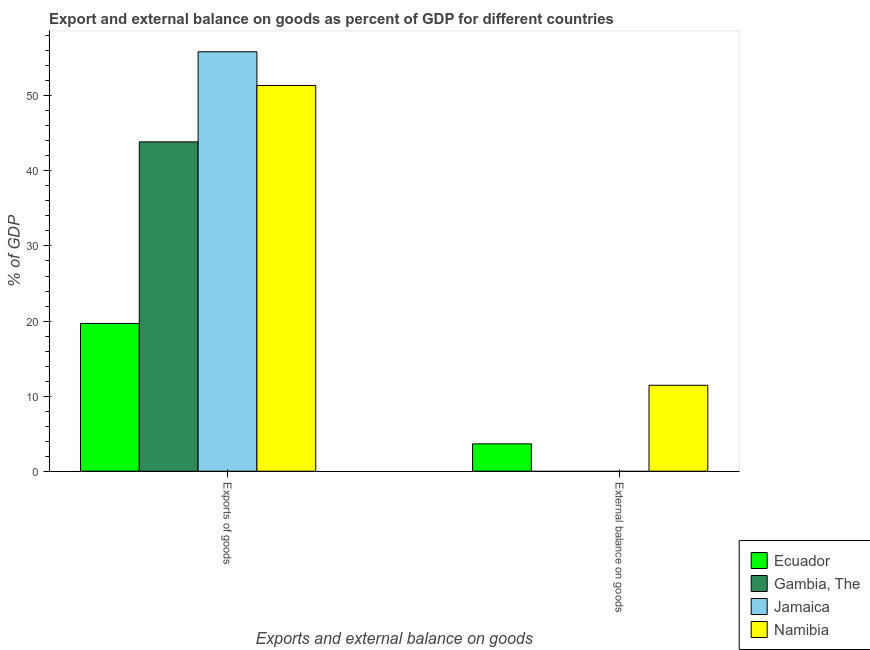
| Exports and external balance on goods | Ecuador | Gambia, The | Jamaica | Namibia |
 | --- | --- | --- | --- | --- |
 | Exports of goods | 19.7 | 43.9 | 55.9 | 51.4 |
 | External balance on goods | 3.65 | -10.1 | -9.83 | 11.4 |